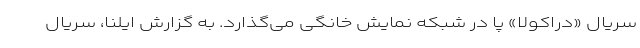
سریال «دراکولا» پا در شبکه نمایش خانگی می‌گذارد. به گزارش ایلنا، سریال